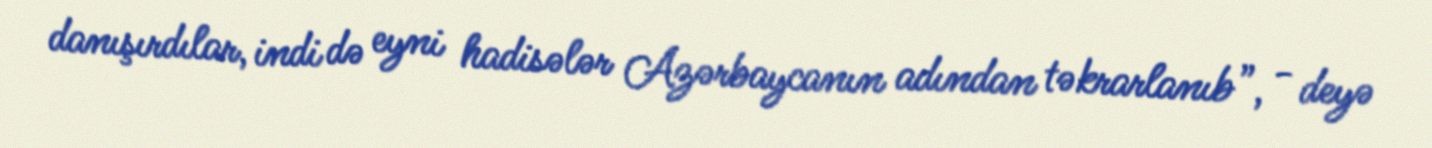
danışırdılar, indi də eyni hadisələr Azərbaycanın adından təkrarlanıb”, - deyə